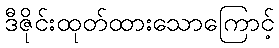
ဒီဇိုင်းထုတ်ထားသောကြောင့်